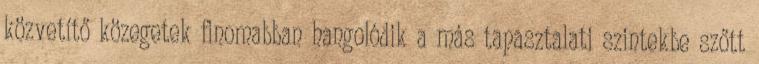
közvetítő közegetek finomabban hangolódik a más tapasztalati szintekbe szőtt